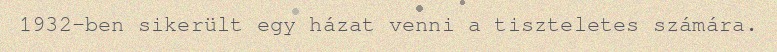
1932-ben sikerült egy házat venni a tiszteletes számára.